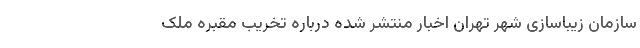
سازمان زیباسازی شهر تهران اخبار منتشر شده درباره تخریب مقبره ملک